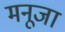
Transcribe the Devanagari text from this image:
मनूजा